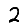
Digit: 2